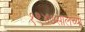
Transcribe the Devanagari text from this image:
१९४७सालच्या